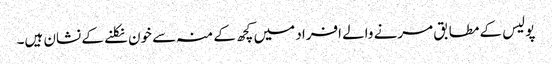
پولیس کے مطابق مرنے والے افراد میں کچھ کے منہ سے خون نکلنے کے نشان ہیں۔